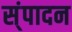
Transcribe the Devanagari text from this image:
स्ंपादन